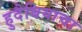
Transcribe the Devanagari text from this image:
हुदैबियाचा